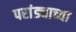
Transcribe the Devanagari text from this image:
परांड्याच्या